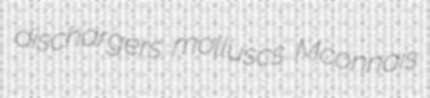
dischargers molluscs Mconnais